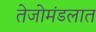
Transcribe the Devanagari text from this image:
तेजोमंडलात